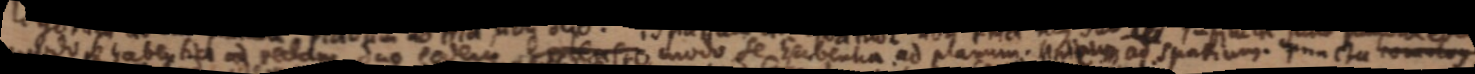
modo se habentia ad rectam duo eodem extenso modo se habentia ad planum. _ ad spatium puncta homolog